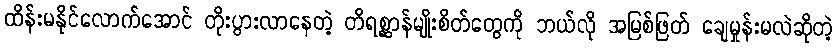
ထိန်းမနိုင်လောက်အောင် တိုးပွားလာနေတဲ့ တိရစ္ဆာန်မျိုးစိတ်တွေကို ဘယ်လို အမြစ်ဖြတ် ချေမှုန်းမလဲဆိုတဲ့